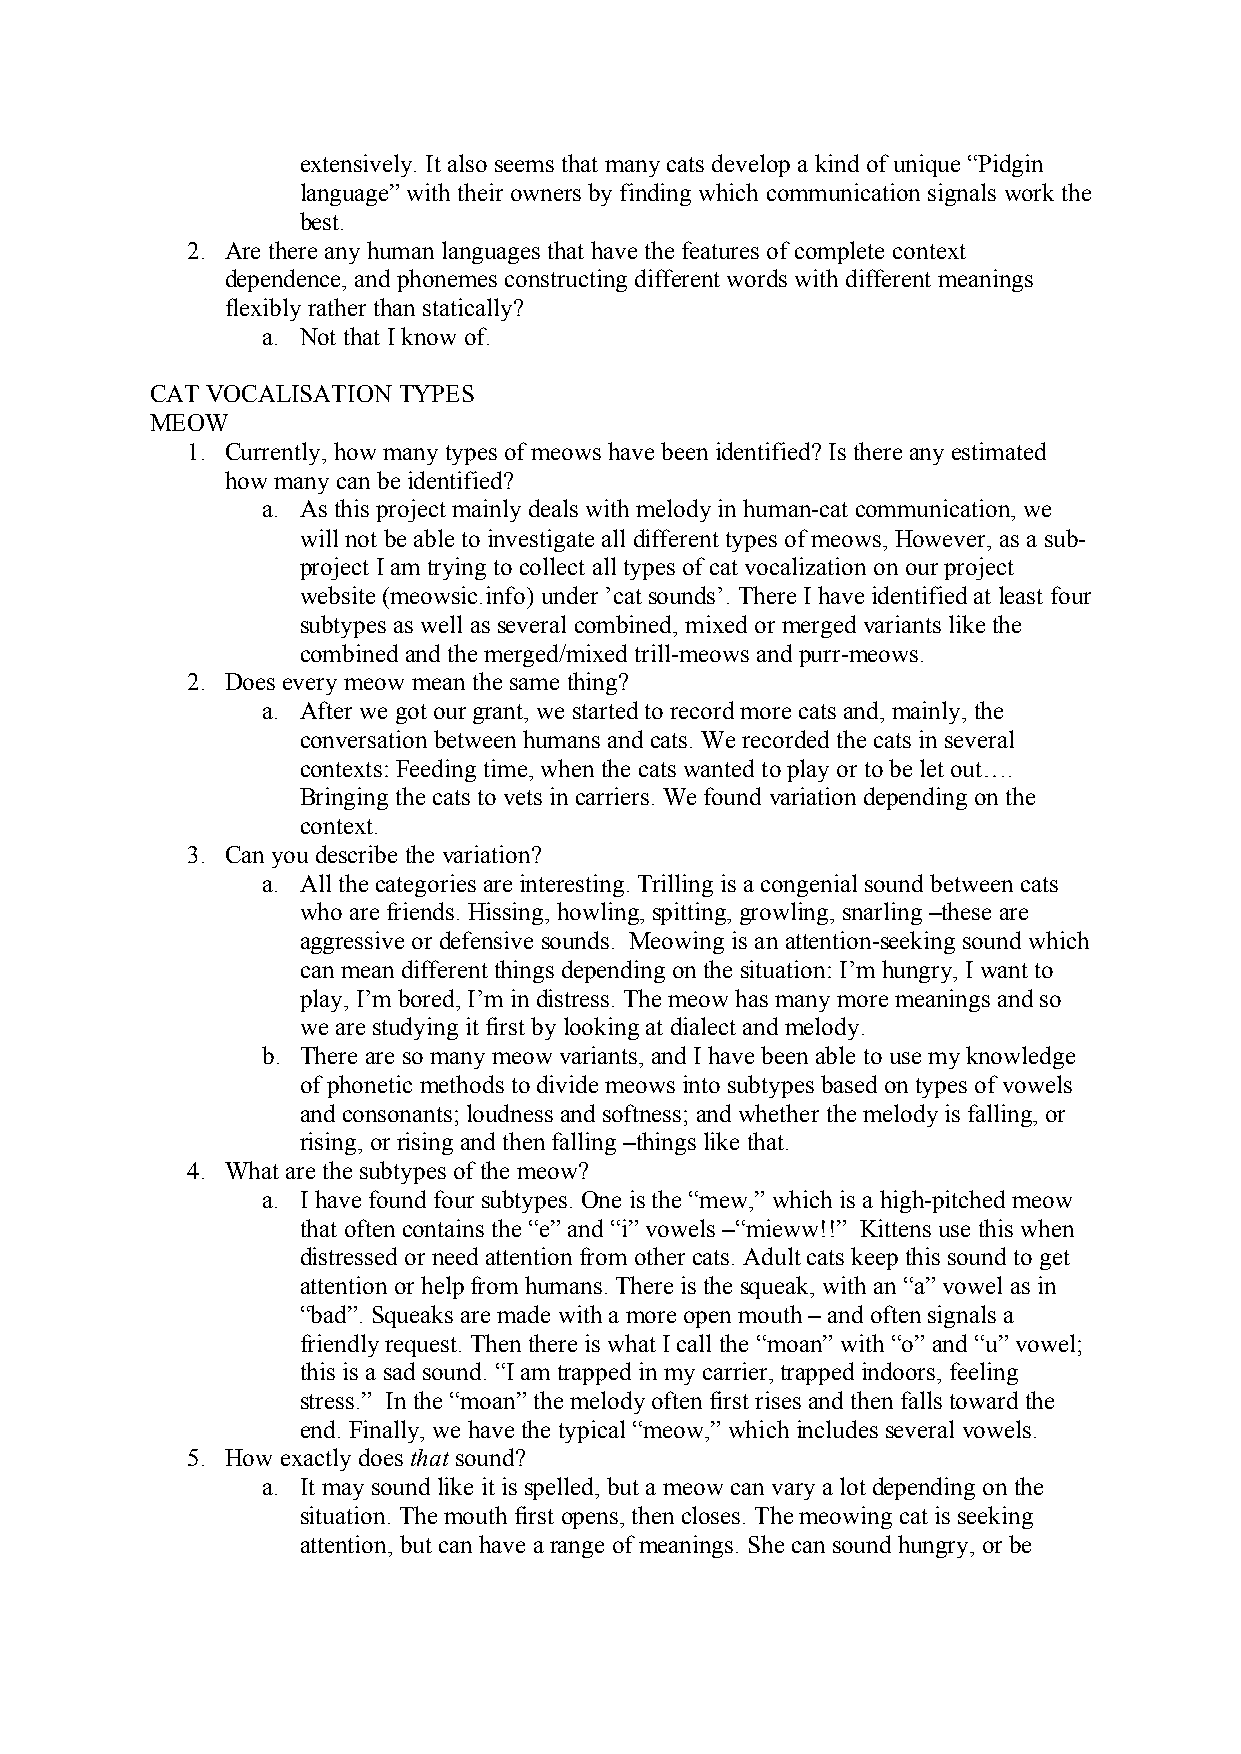
extensively. It also seems that many cats develop a kind of unique “Pidgin
 language” with their owners by finding which communication signals work the
 best.
 2. Are there any human languages that have the features of complete context
 dependence, and phonemes constructing different words with different meanings
 flexibly rather than statically?
 a. Not that I know of.
 CAT VOCALISATION TYPES
 MEOW
 1. Currently, how many types of meows have been identified? Is there any estimated
 how many can be identified?
 a. As this project mainly deals with melody in human-cat communication, we
 will not be able to investigate all different types of meows, However, as a sub-
 project I am trying to collect all types of cat vocalization on our project
 website (meowsic.info) under ’cat sounds’. There I have identified at least four
 subtypes as well as several combined, mixed or merged variants like the
 combined and the merged/mixed trill-meows and purr-meows.
 2. Does every meow mean the same thing?
 a. After we got our grant, we started to record more cats and, mainly, the
 conversation between humans and cats. We recorded the cats in several
 contexts: Feeding time, when the cats wanted to play or to be let out….
 Bringing the cats to vets in carriers. We found variation depending on the
 context.
 3. Can you describe the variation?
 a. All the categories are interesting. Trilling is a congenial sound between cats
 who are friends. Hissing, howling, spitting, growling, snarling –these are
 aggressive or defensive sounds. Meowing is an attention-seeking sound which
 can mean different things depending on the situation: I’m hungry, I want to
 play, I’m bored, I’m in distress. The meow has many more meanings and so
 we are studying it first by looking at dialect and melody.
 b. There are so many meow variants, and I have been able to use my knowledge
 of phonetic methods to divide meows into subtypes based on types of vowels
 and consonants; loudness and softness; and whether the melody is falling, or
 rising, or rising and then falling –things like that.
 4. What are the subtypes of the meow?
 a. I have found four subtypes. One is the “mew,” which is a high-pitched meow
 that often contains the “e” and “i” vowels –“mieww!!” Kittens use this when
 distressed or need attention from other cats. Adult cats keep this sound to get
 attention or help from humans. There is the squeak, with an “a” vowel as in
 “bad”. Squeaks are made with a more open mouth – and often signals a
 friendly request. Then there is what I call the “moan” with “o” and “u” vowel;
 this is a sad sound. “I am trapped in my carrier, trapped indoors, feeling
 stress.” In the “moan” the melody often first rises and then falls toward the
 end. Finally, we have the typical “meow,” which includes several vowels.
 5. How exactly does that sound?
 a. It may sound like it is spelled, but a meow can vary a lot depending on the
 situation. The mouth first opens, then closes. The meowing cat is seeking
 attention, but can have a range of meanings. She can sound hungry, or be